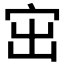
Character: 𡧨